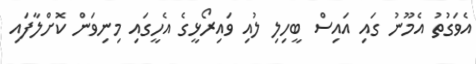
އެވަގުތު އެމޫނު ގައި އައިސް ބީހިލި ލުއި ވައިރޯޅީގެ އެހީގައި މިނިވަން ކޮށްލާފައި